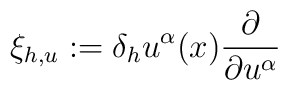
\xi_{h,u}:=\delta_h u^\alpha(x) \frac{\partial}{\partial u^\alpha}